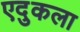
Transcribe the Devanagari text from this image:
एदुकला